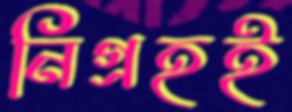
নিগ্রহই